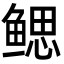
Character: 鳃